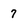
Character: 7